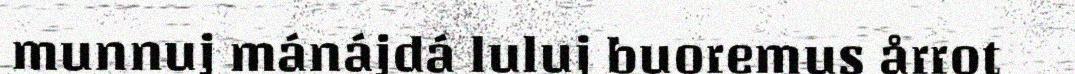
munnuj mánájdá luluj buoremus årrot